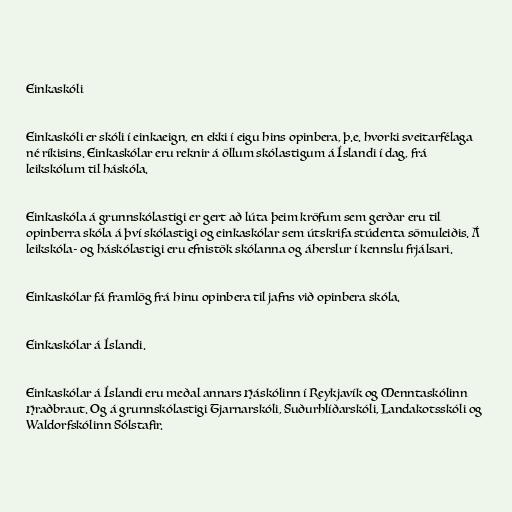
Einkaskóli

Einkaskóli er skóli í einkaeign, en ekki í eigu hins opinbera, þ.e. hvorki sveitarfélaga
né ríkisins. Einkaskólar eru reknir á öllum skólastigum á Íslandi í dag, frá
leikskólum til háskóla.

Einkaskóla á grunnskólastigi er gert að lúta þeim kröfum sem gerðar eru til
opinberra skóla á því skólastigi og einkaskólar sem útskrifa stúdenta sömuleiðis. Á
leikskóla- og háskólastigi eru efnistök skólanna og áherslur í kennslu frjálsari.

Einkaskólar fá framlög frá hinu opinbera til jafns við opinbera skóla.

Einkaskólar á Íslandi.

Einkaskólar á Íslandi eru meðal annars Háskólinn í Reykjavík og Menntaskólinn
Hraðbraut. Og á grunnskólastigi Tjarnarskóli, Suðurhlíðarskóli, Landakotsskóli og
Waldorfskólinn Sólstafir.